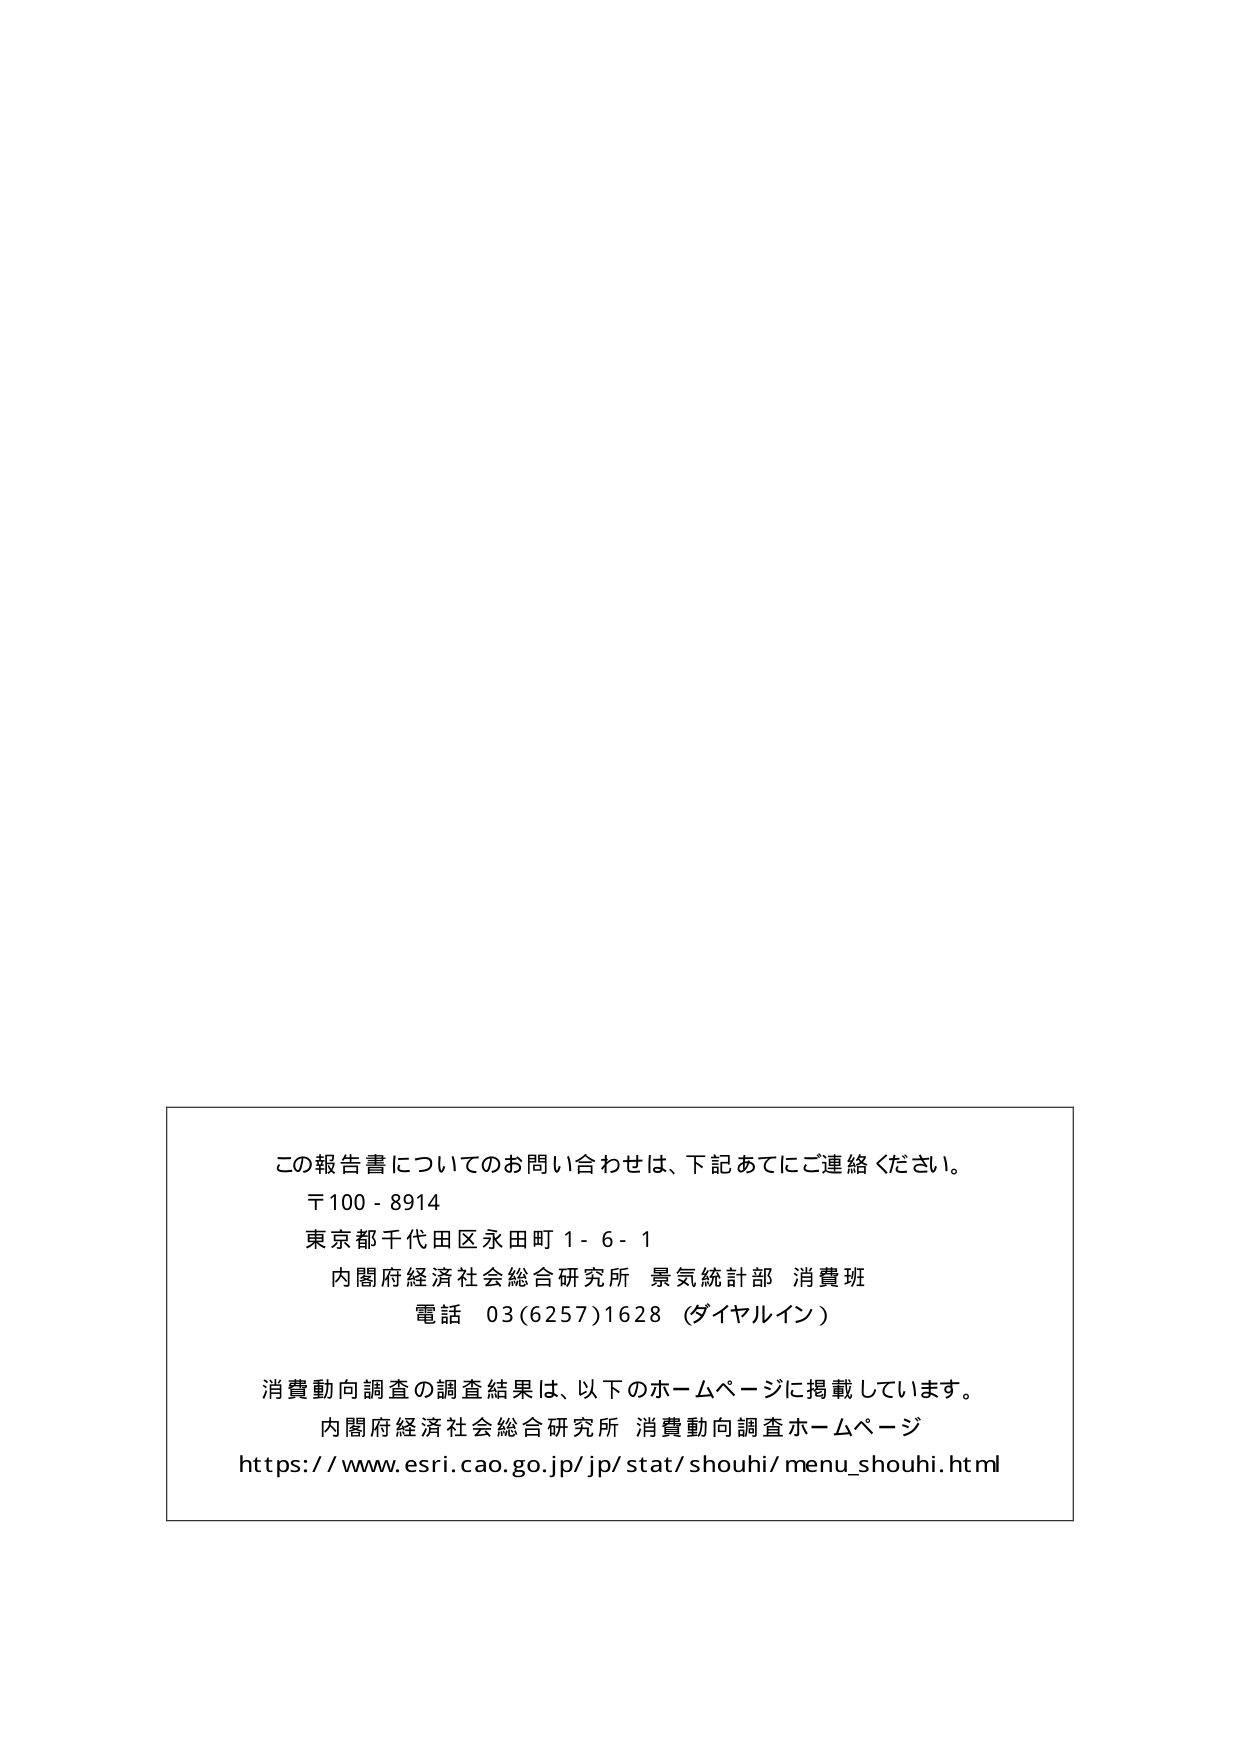
この報告書についてのお問い合わせは、下記あてにご連絡ください。
〒100-8914
東京都千代田区永田町1-6-1
内閣府経済社会総合研究所 景気統計部 消費班
電話 03(6257)1628（ダイヤルイン）

消費動向調査の調査結果は、以下のホームページに掲載しています。
内閣府経済社会総合研究所 消費動向調査ホームページ
https://www.esri.cao.go.jp/jp/stat/shouhi/menu_shouhi.html